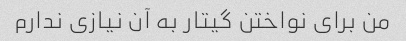
من برای نواختن گیتار به آن نیازی ندارم